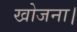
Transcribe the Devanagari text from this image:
खोजना।